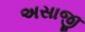
અસાજી